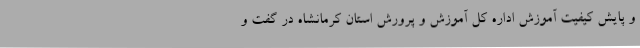
و پایش کیفیت آموزش اداره کل آموزش و پرورش استان کرمانشاه در گفت و